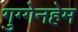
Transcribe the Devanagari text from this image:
गुग्गेनहेम